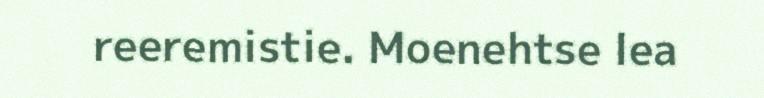
reeremistie. Moenehtse lea